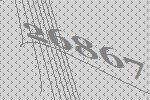
26867